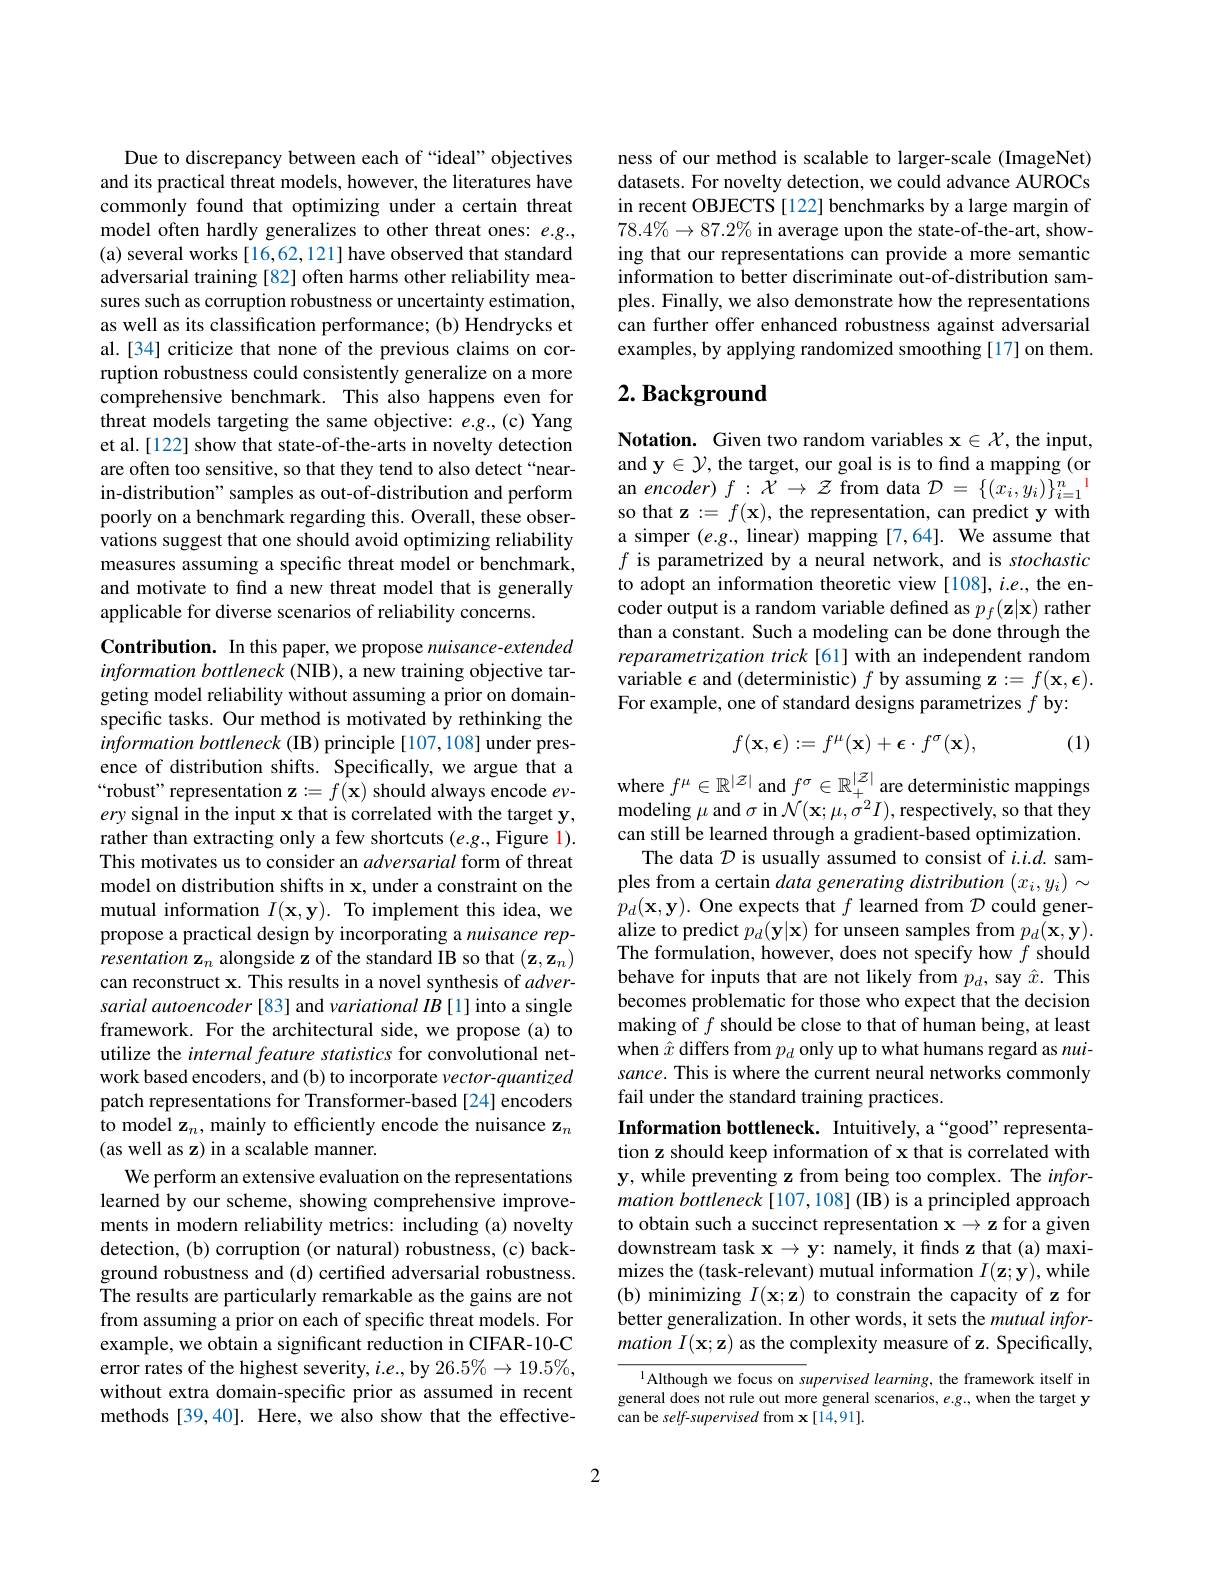
Due to discrepancy between each of “ideal” objectives and its practical threat models, however, the literatures have commonly found that optimizing under a certain threat model often hardly generalizes to other threat ones: $e.g.$, (a) several works [16,62,121] have observed that standard adversarial training [82] often harms other reliability measures such as corruption robustness or uncertainty estimation, as well as its classification performance; (b) Hendrycks et al.[34] criticize that none of the previous claims on corruption robustness could consistently generalize on a more comprehensive benchmark. This also happens even for threat models targeting the same objective: e.g., (c) Yang et al.[122] show that state-of-the-arts in novelty detection are often too sensitive, so that they tend to also detect“nearin-distribution" samples as out-of-distribution and perform poorly on a benchmark regarding this. Overall, these observations suggest that one should avoid optimizing reliability measures assuming a specific threat model or benchmark, and motivate to find a new threat model that is generally applicable for diverse scenarios of reliability concerns.

Contribution. In this paper, we propose nuisance-extended information bottleneck (NIB), a new training objective targeting model reliability without assuming a prior on domainspecific tasks. Our method is motivated by rethinking the information bottleneck (IB) principle [107,108] under presence of distribution shifts. Specifically, we argue that a “robust” representation $\mathbf{z}:=f(\mathbf{x})$ should always encode $ev$- ery signal in the input x that is correlated with the target y, rather than extracting only a few shortcuts (e.g., Figure l). This motivates us to consider an adversarial form of threat model on distribution shifts in x, under a constraint on the mutual information $I(\mathbf{x},\mathbf{y}).$ To implement this idea, we propose a practical design by incorporating a nuisance representation z$_n$ alongside z of the standard IB so that $(\mathbf{z},\mathbf{z}_n)$ can reconstruct x. This results in a novel synthesis of $adver-$ sarial autoencoder [83] and variational IB [1] into a single framework. For the architectural side, we propose (a) to utilize the internal feature statistics for convolutional network based encoders, and (b) to incorporate $vector-quantized$ patch representations for Transformer-based[24] encoders to model z$_n$,mainly to efficiently encode the nuisance z$_n$ (as well as z) in a scalable manner.
We perform an extensive evaluation on the representations learned by our scheme, showing comprehensive improvements in modern reliability metrics: including (a) novelty detection, (b) corruption (or natural) robustness, (c) background robustness and (d) certifed adversarial robustness. The results are particularly remarkable as the gains are not from assuming a prior on each of specific threat models. For example, we obtain a significant reduction in CIFAR-10-C error rates of the highest severity, $i.e.$,by 26.5%$\to19.5\%$, without extra domain-specific prior as assumed in recent methods [39,40]. Here, we also show that the effective-

ness of our method is scalable to larger-scale (ImageNet) datasets. For novelty detection, we could advance AUROCs in recent OBJECTS [122] benchmarks by a large margin of $78.4\%\to87.2\%$ in average upon the state-of-the-art, showing that our representations can provide a more semantic information to better discriminate out-of-distribution samples. Finally, we also demonstrate how the representations can further offer enhanced robustness against adversarial examples, by applying randomized smoothing[17] on them.

# 2. Background

Notation. Given two random variables $\mathbf{x}\in\mathcal{X}$, the input, and $\mathbf{y}\in\mathcal{Y}$, the target, our goal is is to find a mapping (or an encoder) $f:{\mathcal{X}}\to{\mathcal{Z}}$ from data ${\mathcal{D}}=\{(x_i,y_i)\}_{i=1}^n$ so that z $:=f(\mathbf{x})$, the representation, can predict y with a simper $(e.g.$, linear) mapping [7,64]. We assume that $f$ is parametrized by a neural network, and is stochastic to adopt an information theoretic view [108], i.e., the encoder output is a random variable defined as $p_f(\mathbf{z}|\mathbf{x})$ rather than a constant. Such a modeling can be done through the reparametrization trick [61] with an independent random variable $\epsilon$ and (deterministic) $f$ by assuming z $:=f(\mathbf{x},\boldsymbol{\epsilon}).$ For example, one of standard designs parametrizes $f$ by:
$$f(\mathbf{x},\boldsymbol\epsilon):=f^\mu(\mathbf{x})+\boldsymbol\epsilon\cdot f^\sigma(\mathbf{x}),$$
(1)

where $f^\mu\in\mathbb{R}^{|\mathcal{Z}|}$ and $f^\sigma\in\mathbb{R}_+^{|\mathcal{Z}|}$ are deterministic mappings modeling $\mu$ and $\sigma$ in $\mathcal{N}(\mathbf{x};\mu,\dot{\sigma}^{2}I)$,respectively, so that they can still be learned through a gradient-based optimization.
The data $\mathcal{D}$ is usually assumed to consist of $i.i.d.$ samples from a certain data generating distribution $(x_i,y_i)\sim$ $p_{d}(\mathbf{x},\mathbf{y}).$ One expects that $f$ learned from $\mathcal{D}$ could generalize to predict $p_d(\mathbf{y}|\mathbf{x})$ for unseen samples from $p_d(\mathbf{x},\mathbf{y}).$ The formulation, however, does not specify how $f$ should behave for inputs that are not likely from $p_d$, say $\hat{x}.$ This becomes problematic for those who expect that the decision making of $f$ should be close to that of human being, at least when $\hat{x}$ differs from $p_d$ only up to what humans regard as nuisance. This is where the current neural networks commonly fail under the standard training practices.
Information bottleneck. Intuitively, a“good”representation z should keep information of x that is correlated with y, while preventing z from being too complex. The $infor-$ mation bottleneck [107,108] (IB) is a principled approach to obtain such a succinct representation $\mathbf{x}\to\mathbf{z}$ for a given downstream task $\mathbf{x}\to\mathbf{y}{:}$ namely, it finds z that (a) maximizes the (task-relevant) mutual information $I(\mathbf{z};\mathbf{y})$,while (b) minimizing $I(\mathbf{x};\mathbf{z})$ to constrain the capacity of z for better generalization. In other words, it sets the mutual information $I(\mathbf{x};\mathbf{z})$ as the complexity measure of z. Specifically,
$^{1}$Although we focus on supervised learning, the framework itself in

general does not rule out more general scenarios, $e.g.$, when the target y
can be self-supervised from x [14,91].

2